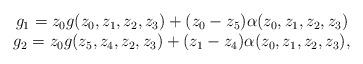
LaTeX: \begin{align*}\begin{array}{c}g_1=z_0 g(z_0, z_1, z_2, z_3)+(z_0-z_5)\alpha(z_0, z_1, z_2, z_3) \\g_2=z_0 g(z_5, z_4, z_2, z_3)+(z_1-z_4)\alpha(z_0, z_1, z_2, z_3),\end{array}\end{align*}